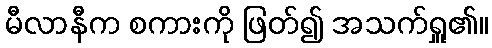
မီလာနီက စကားကို ဖြတ်၍ အသက်ရှူ၏။